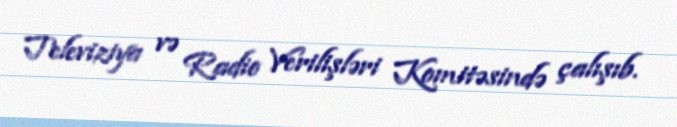
Televiziya və Radio Verilişləri Komitəsində çalışıb.